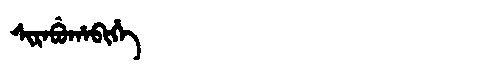
Manchu: ᠰᡳᡵᠠᠪᡠᡥᠠᠪᡳᡥᡝ
Romanization: SIRABUHABIHE